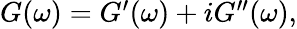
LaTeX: \begin{array}{r}{G(\omega)=G^{\prime}(\omega)+iG^{\prime\prime}(\omega),}\end{array}